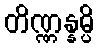
တိဏ္ဏန္နမ္ပိ